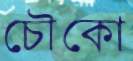
চৌকো